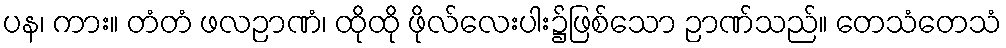
ပန၊ ကား။ တံတံ ဖလဉာဏံ၊ ထိုထို ဖိုလ်လေးပါး၌ဖြစ်သော ဉာဏ်သည်။ တေသံတေသံ